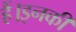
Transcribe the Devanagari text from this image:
हैं।इनकी